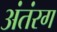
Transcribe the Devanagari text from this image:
अंतंरग